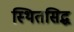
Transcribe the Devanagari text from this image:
स्थितसिद्ध